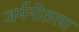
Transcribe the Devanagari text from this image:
जर्मनीतला